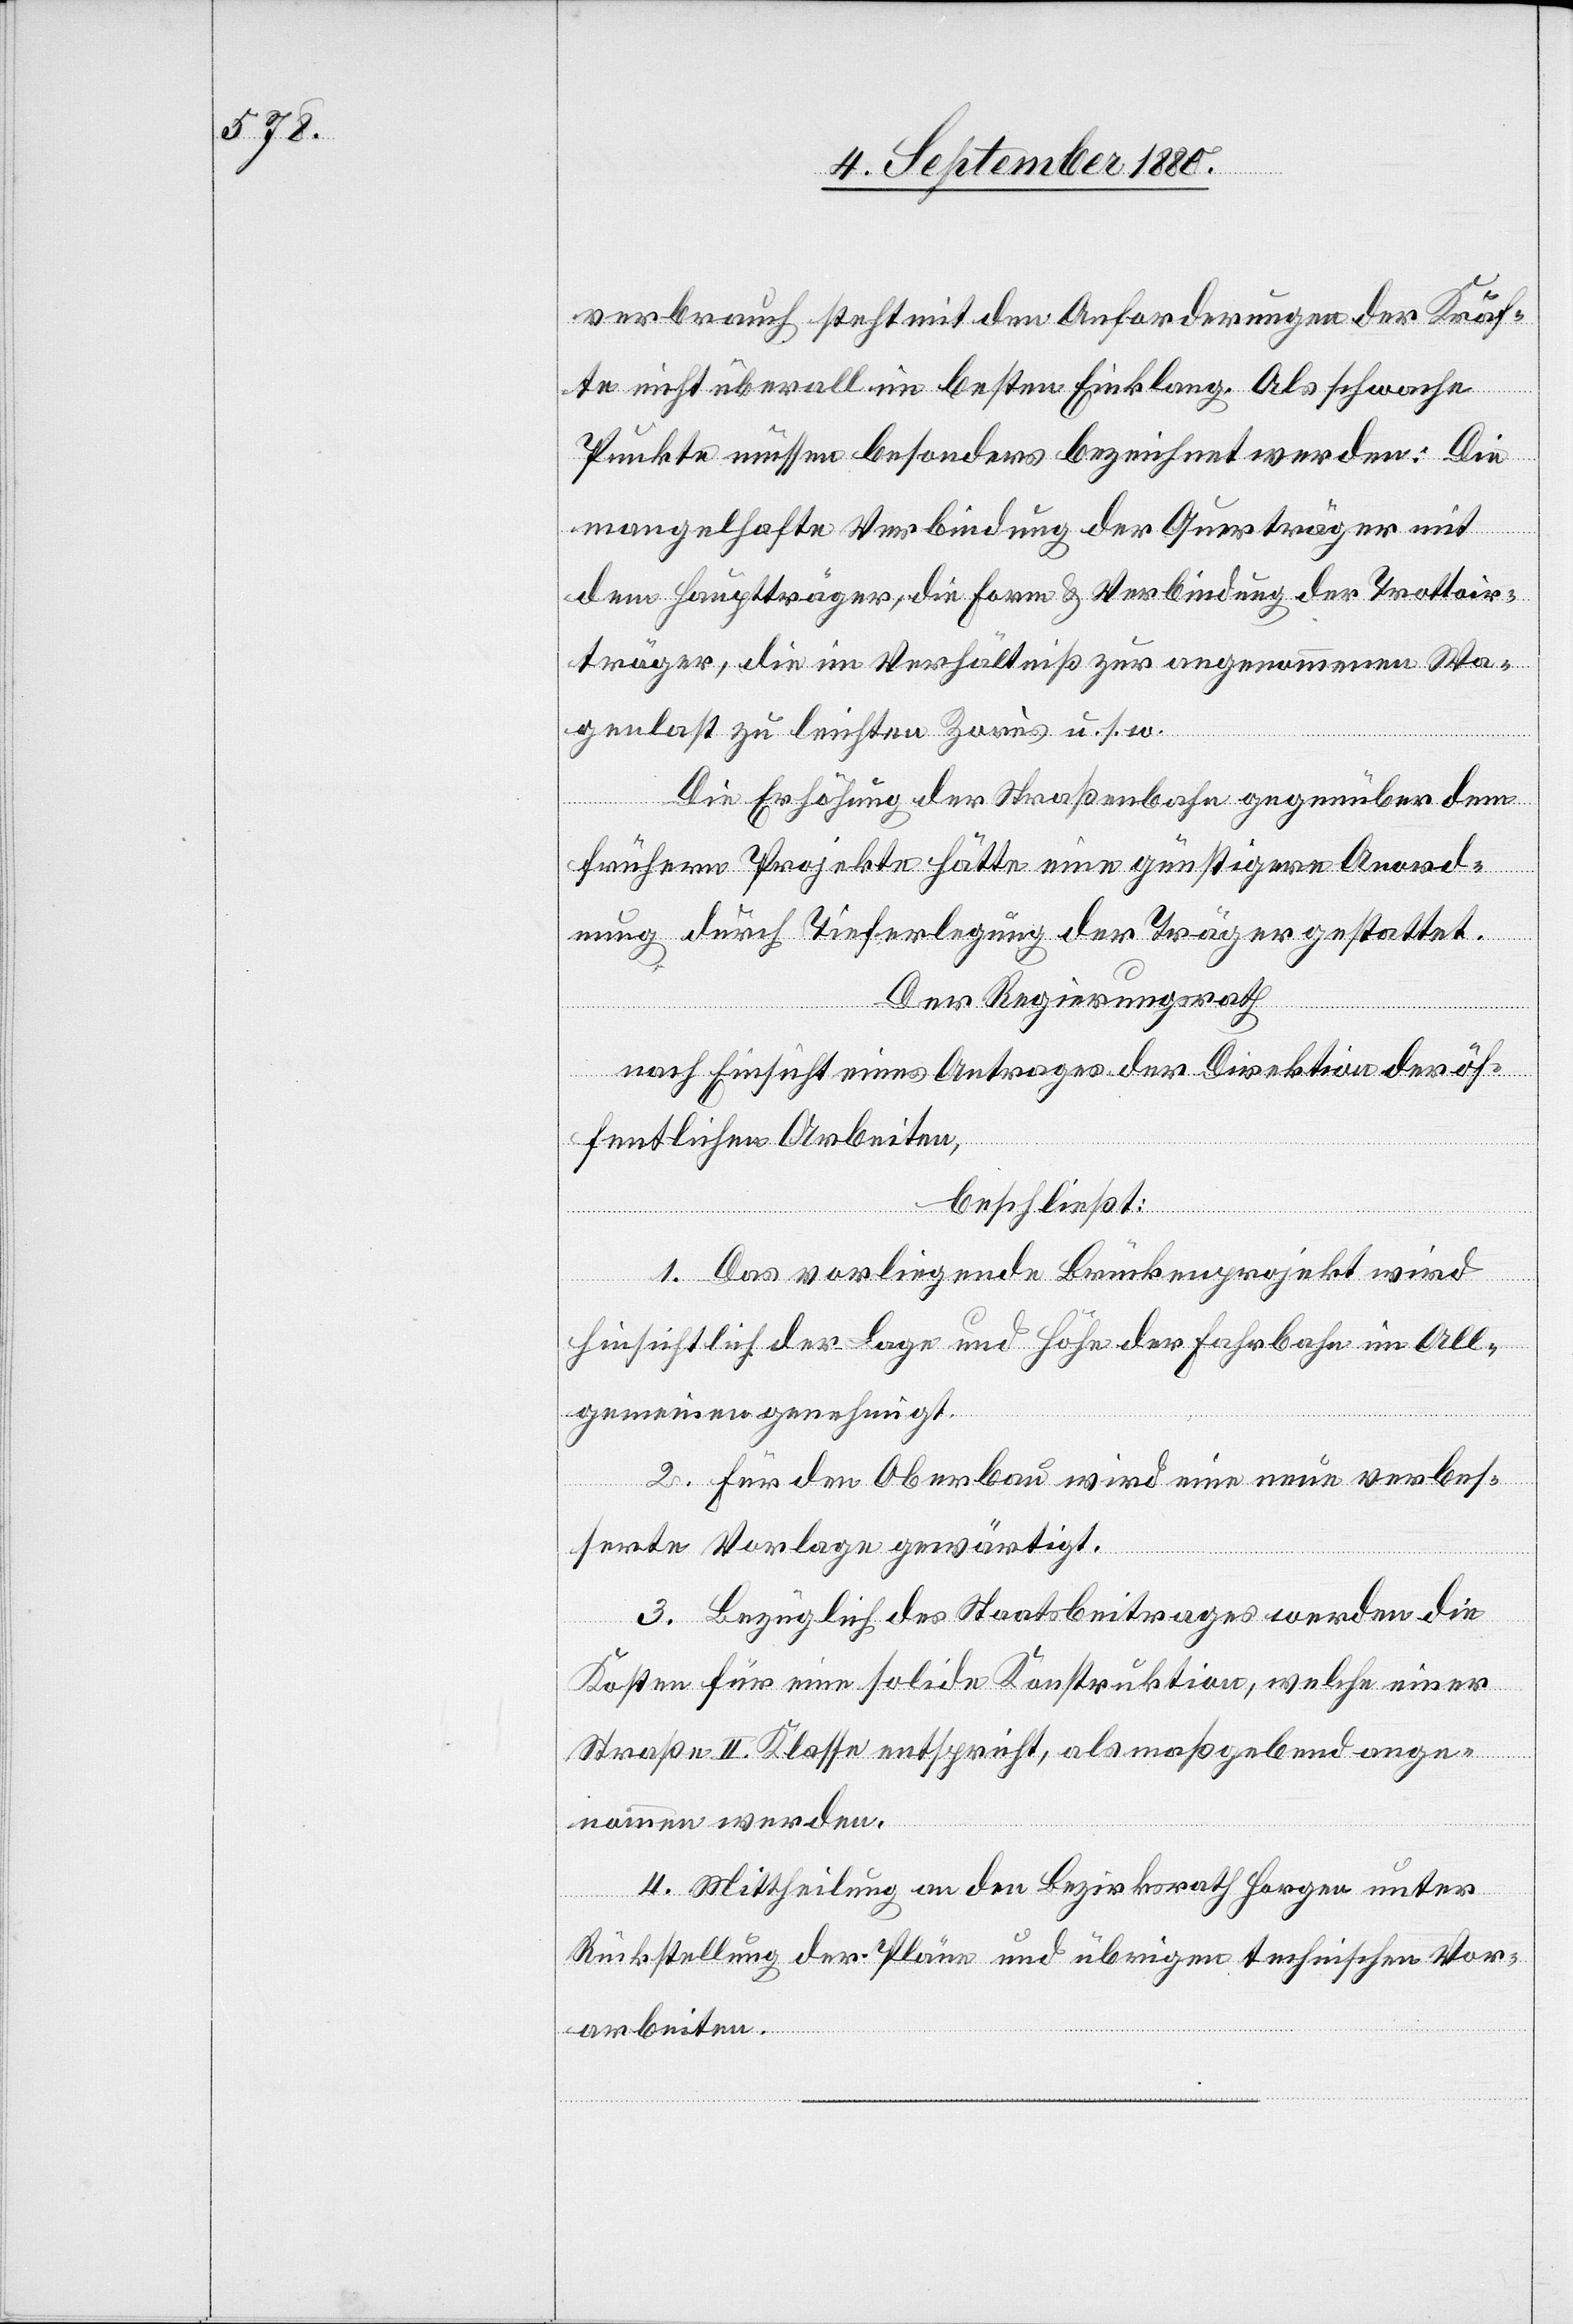
verbrauch steht mit den Anforderungen der Kräf¬
te nicht überall im besten Einklang. Als schwache
Punkte müssen besonders bezeichnet werden: Die
mangelhafte Verbindung der Querträger mit
dem Hauptträger, die Form & Verbindung der Trottoir¬
träger, die im Verhältniß zur angenommenen Wa¬
genlast zu leichten Zorés u. s. w.
Die Erhöhung der Straßenbahn gegenüber dem
früheren Projekte hätte eine günstigere Anord¬
nung durch Tierferlegung der Träger gestattet.
Der Regierungsrath
nach Einsicht eines Antrages der Direktion der öf¬
fentlichen Arbeiten,
beschließt:
1. Das vorliegende Brückenprojekt wird
hinsichtlich der Lag und Höhe der Fahrbahn im All¬
gemeinen genehmigt.
2. für den Oberbau wird eine neue verbes¬
serte Vorlage gewärtigt.
3. Bezüglich des Staatsbeitrages werden die
Kosten für eine solide Konstruktion, welche einer
Straße II. Klasse entspricht, als maßgebend ange¬
nommen werden.
4. Mittheilung an den Bezirksrath Horgen unter
Rückstellung der Pläne und übrigen technischen Vor¬
arbeiten.